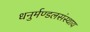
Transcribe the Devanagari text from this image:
धनुर्मण्डलसंस्थाय